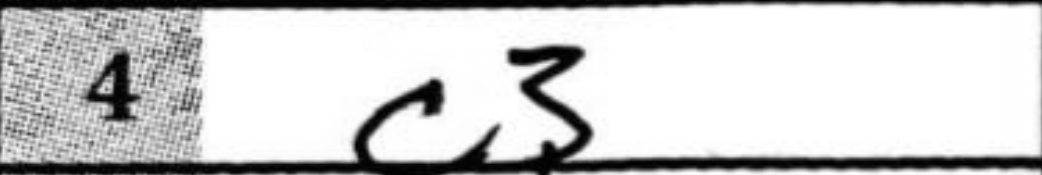
Transcription: c3